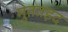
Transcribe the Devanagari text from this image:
मुततइद